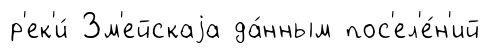
р'ек'и́ Зм'ейскаjа да́нным пос'ел'е́н'ий